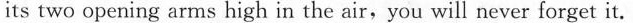
its two opening arms high in the air,you will never forget it.